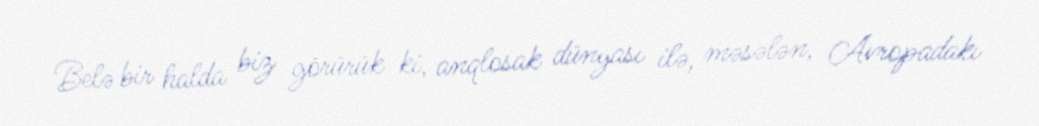
Belə bir halda biz görürük ki, anqlosak dünyası ilə, məsələn, Avropadakı